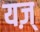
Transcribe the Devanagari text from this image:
यज़्